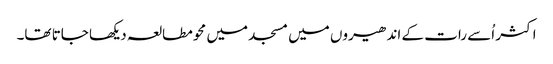
اکثر اُسے رات کے اندھیروں میں مسجد میں محو مطالعہ دیکھا جاتا تھا۔